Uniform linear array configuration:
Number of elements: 64
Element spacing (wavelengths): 0.75
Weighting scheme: blackman
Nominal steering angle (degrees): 15
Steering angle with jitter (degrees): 13.625
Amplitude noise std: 0.05
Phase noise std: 0.05

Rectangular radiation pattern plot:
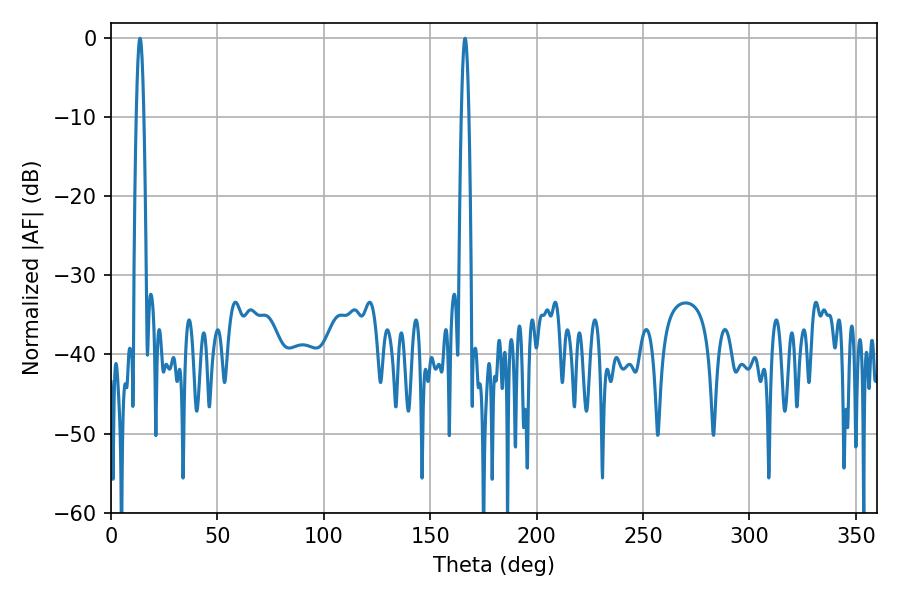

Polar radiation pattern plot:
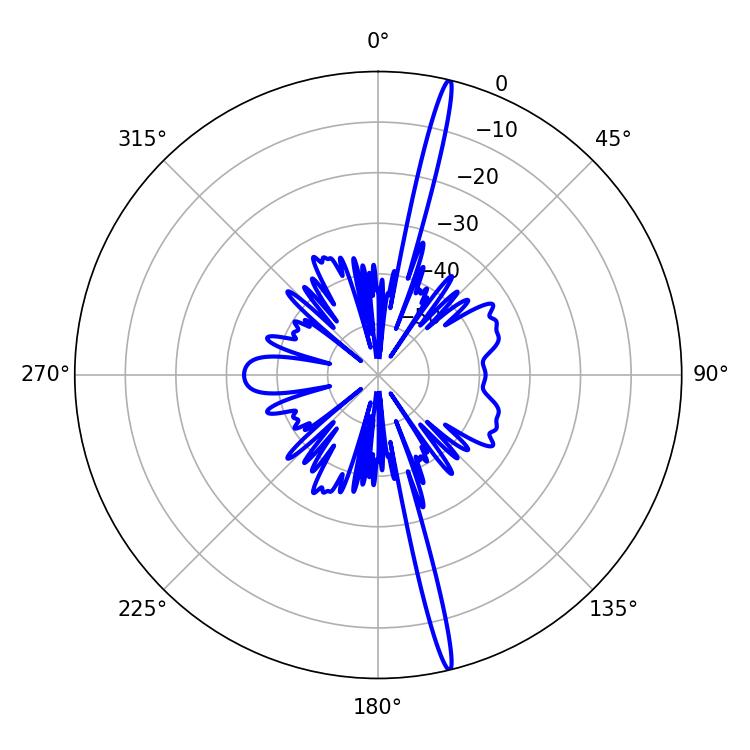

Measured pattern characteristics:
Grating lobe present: TRUE
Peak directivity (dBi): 20.512
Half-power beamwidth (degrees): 1.8
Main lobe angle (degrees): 166.32